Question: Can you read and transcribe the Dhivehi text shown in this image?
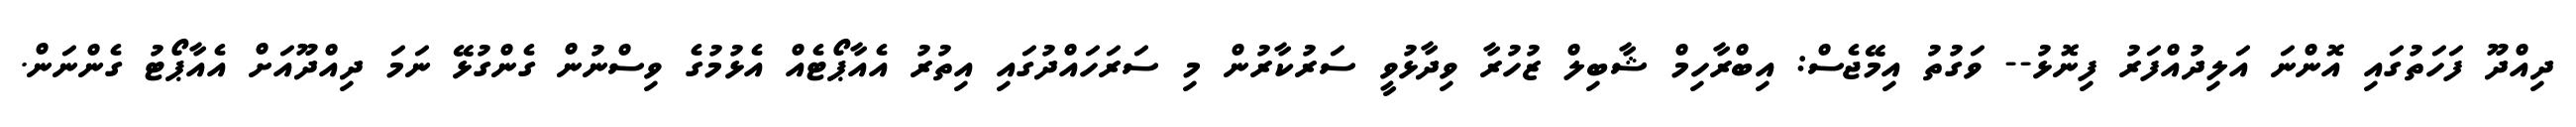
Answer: ދިއްދޫ ފަހަތުގައި އޮންނަ އަލިދުއްފަރު ފިނޮޅު-- ވަގުތު އިމޭޖެސް: އިބްރާހިމް ޝާބިލް ޒުހުރާ ވިދާޅުވީ ސަރުކާރުން މި ސަރަހައްދުގައި އިތުރު އެއާޕޯޓެއް އެޅުމުގެ ވިސްނުން ގެންގުޅޭ ނަމަ ދިއްދޫއަށް އެއާޕޯޓު ގެންނަން.